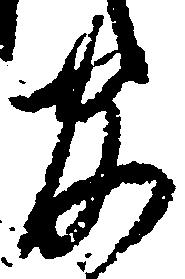
官